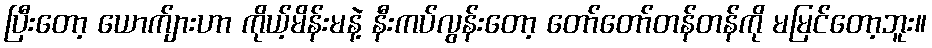
ပြီးတော့ ယောက်ျားဟာ ကိုယ့်မိန်းမနဲ့ နီးကပ်လွန်းတော့ တော်တော်တန်တန်ကို မမြင်တော့ဘူး။